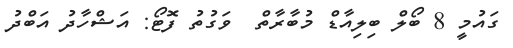
ގައުމީ 8 ބޯލް ބިލިއާޑް މުބާރާތް  ވަގުތު ފޮޓޯ: އަޝްހާދު އަބްދު